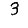
Digit: 3